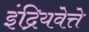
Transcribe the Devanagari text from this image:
इंद्रियवेत्ते